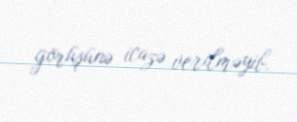
görüşünə icazə verilməyib.